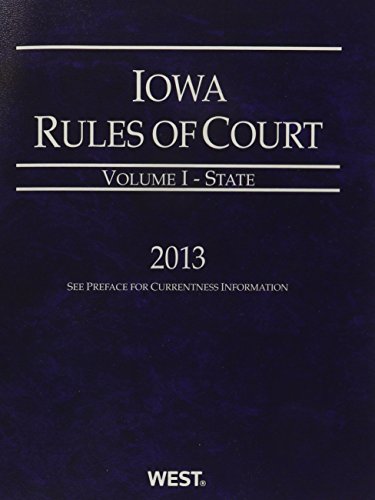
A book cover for Iowa Rules of Court Federal 2013 (Iowa Rules of Court. State and Federal); Law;